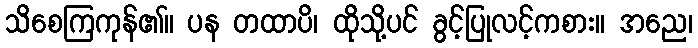
သိစေကြကုန်၏။ ပန တထာပိ၊ ထိုသို့ပင် ခွင့်ပြုလင့်ကစား။ အညေ၊